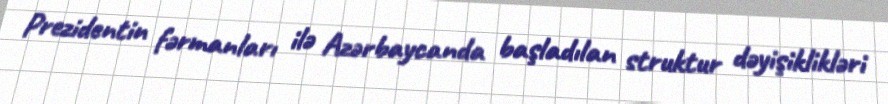
Prezidentin fərmanları ilə Azərbaycanda başladılan struktur dəyişiklikləri